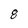
Character: 8